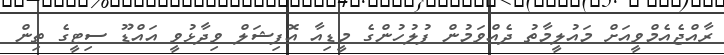
ރާއްޖެއެމްވީއަށް މައުލީމާތު ދެއްވަމުން ފުލުހުންގެ މީޑިއާ އޮފިޝަލް ވިދާޅުވީ އައްޑޫ ސިޓީގެ ތިން